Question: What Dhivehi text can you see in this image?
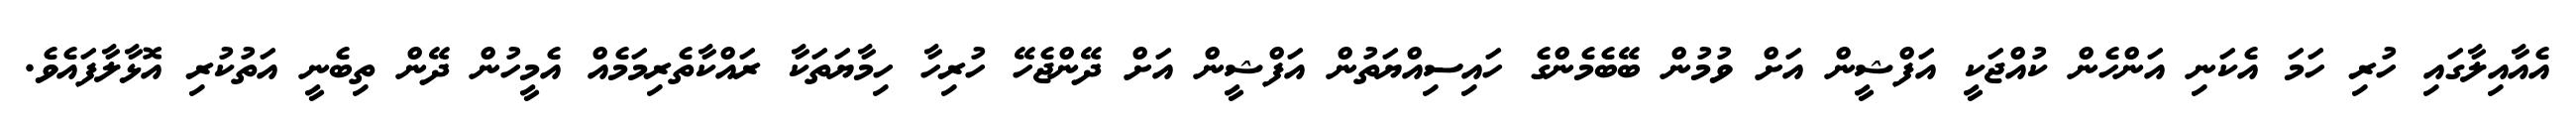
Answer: އެއާއިލާގައި ހުރި ހަމަ އެކަނި އަންހެން ކުއްޖަކީ އަފްޝީން އަށް ވުމުން ބޭބެމެންގެ ހައިސިއްޔަތުން އަފްޝީން އަށް ދޭންޖެހޭ ހުރިހާ ހިމާޔަތަކާ ރައްކާތެރިމަމެއް އެމީހުން ދޭން ތިބެނީ އަތުކުރި އޮޅާލާފައެވެ.